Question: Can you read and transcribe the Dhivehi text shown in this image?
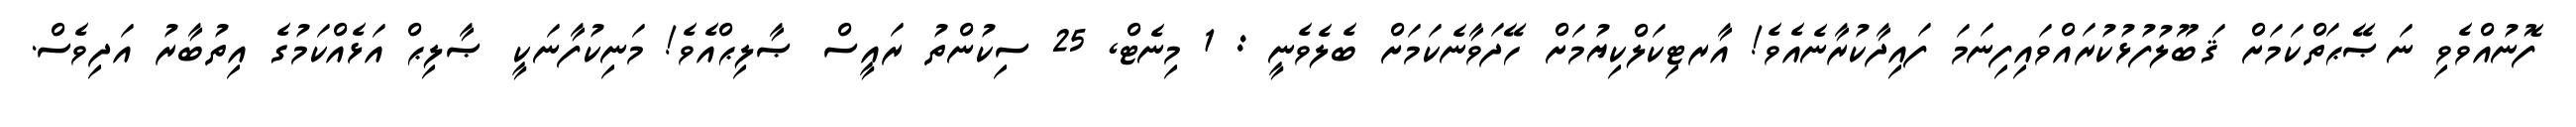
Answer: ފޮނުއްވެވި ނަޞޭޙަތްކަމަށް ޤަބޫލުފުޅުކުރައްވައިފިނަމަ ފައިދާކުރާނެއެވެ! އާރޓިކަލްކިޔުމަށް ހޭދަވާނެކަމަށް ބެލެވެނީ : 1 މިނެޓް, 25 ސިކުންތު ރައީސް ޞާލިޙްއެވެ! މަނިކުފާނަކީ ޞާލިޙް އަޅެއްކަމުގެ އިތުބާރު އަދިވެސް.